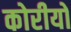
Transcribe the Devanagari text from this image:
कोरीयो